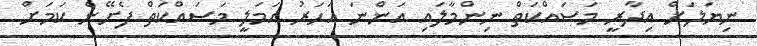
ނިޔަލަށް އިދާރީ މަސައްކަތް ނިންމާލައި އަންނަ އަހަރު އަމަލީ މަސައްކަތް ފެށޭނެ ކަމަށް